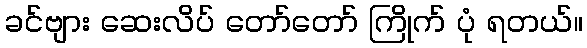
ခင်ဗျား ဆေးလိပ် တော်တော် ကြိုက် ပုံ ရတယ်။